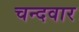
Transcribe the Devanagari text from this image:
चन्दवार